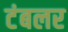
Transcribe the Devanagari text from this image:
टंबलर